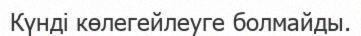
Күнді көлегейлеуге болмайды.